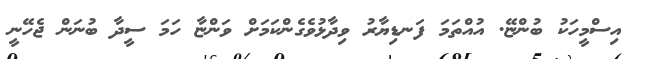
އިސްމީހަކު ބުންޏޭ. އުއްތަމަ ފަނޑިޔާރު ވިދާޅުވެގެންކަމަށް ވަންޏާ ހަމަ ސީދާ ބުނަން ޖެހޭނީ